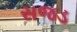
સજડ